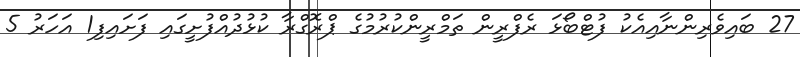
27 ބައިވެރިންނާއިއެކު ފުޓްބޯޅަ ރެފްރީން ތަމްރީންކުރުމުގެ ޕްރޮގްރާ ކުޅުދުއްފުށީގައި ފަށައިފި1 އަހަރު 5